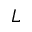
L